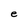
Character: e